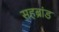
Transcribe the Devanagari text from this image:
सहब्रांड